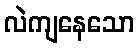
လဲကျနေသော